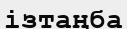
ізтаңба